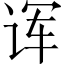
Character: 诨